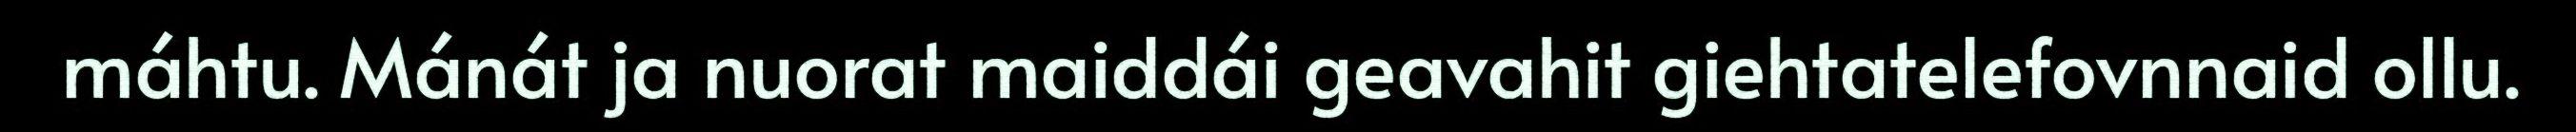
máhtu. Mánát ja nuorat maiddái geavahit giehtatelefovnnaid ollu.